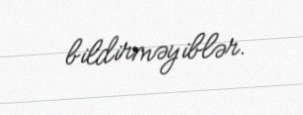
bildirməyiblər.